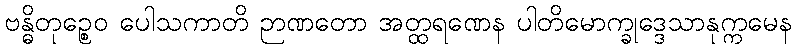
ဗန္ဓိတုဉ္စေဝ ပေါသကာတိ ဉာဏတော အတ္ထရဏေန ပါတိမောက္ခုဒ္ဒေသာနုက္ကမေန